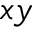
x y